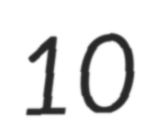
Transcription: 10